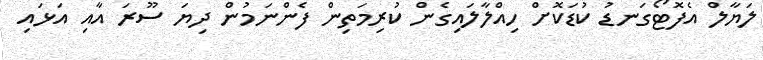
ލަޔާލް އެފޮޓޯގަނޑު ކުޑަކޮށް ހިއްލާލައިގެން ކުރިމަތިން ފެންނަމުން ދިޔަ ސޫރަ އާއި އަޅައި